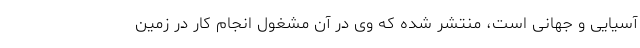
آسیایی و جهانی است، منتشر شده که وی در آن مشغول انجام کار در زمین